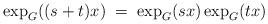
LaTeX: \begin{align*}\exp_G((s+t)x)\; =\; \exp_G(sx)\exp_G(tx)\end{align*}